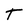
Character: T